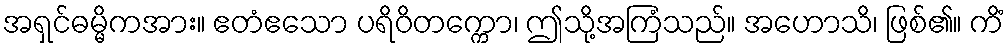
အရှင်ဓမ္မိကအား။ ဧတံဧသော ပရိဝိတက္ကော၊ ဤသို့အကြံသည်။ အဟောသိ၊ ဖြစ်၏။ ကိံ